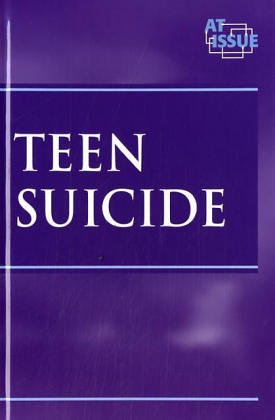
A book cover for At Issue Series - Teen Suicide (hardcover edition) (At Issue Series); John Woodward; Teen & Young Adult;